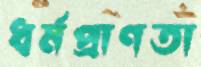
ধর্মপ্রাণতা